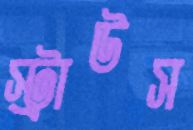
স্ট্রাউস